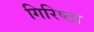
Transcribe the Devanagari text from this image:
गिरिष्ठा